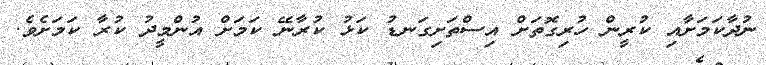
ނުދާކަމަށާއި ކުރީން ހުރިގޮތަށް އިސްތަށިގަނޑު ކަޅު ކުރާނޭ ކަމަށް އުންމީދު ކުރާ ކަމަށެވެ.